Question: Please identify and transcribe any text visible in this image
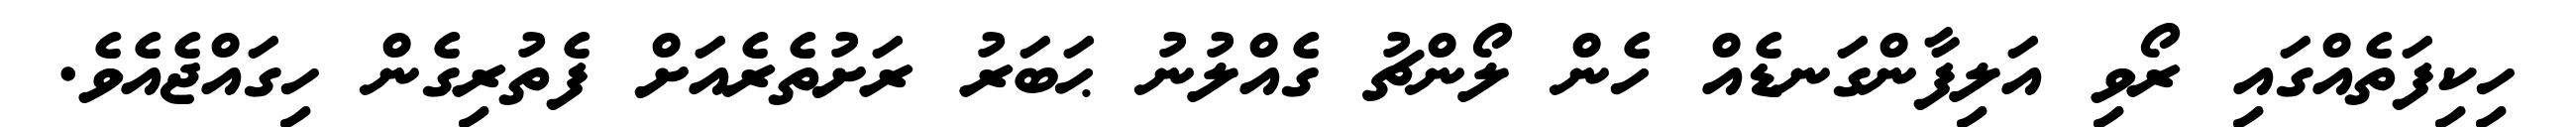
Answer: ހިކިފަތެއްގައި ރޯވި އަލިފާންގަނޑެއް ހެން ލޯންޗު ގެއްލުނު ޙަބަރު ރަށުތެރެއަށް ފެތުރިގެން ހިގައްޖެއެވެ.